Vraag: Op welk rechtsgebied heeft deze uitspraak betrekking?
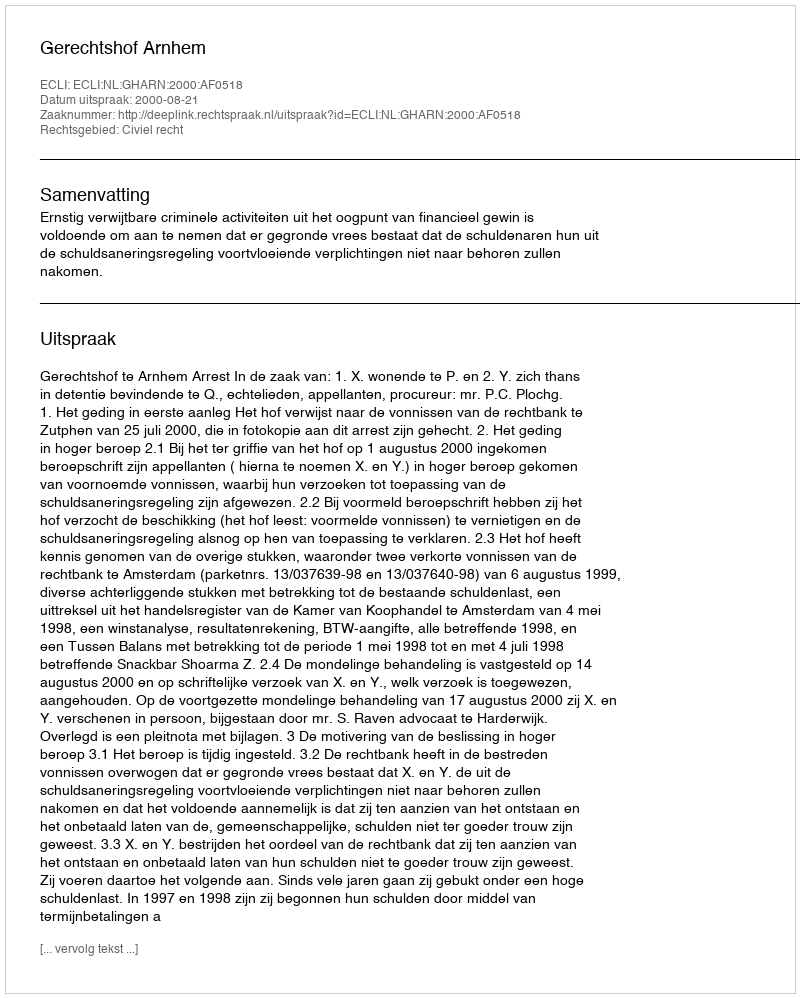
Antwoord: Civiel recht